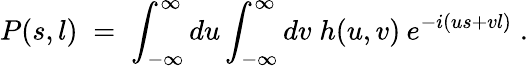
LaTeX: P(s,l)\; =\; \int_{-\infty}^{\infty}du\int_{-\infty}^{\infty}dv\; h(u,v)\: e^{-i(us+vl)}\; .